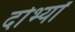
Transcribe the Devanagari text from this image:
दोर्भ्यां